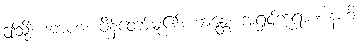
ဤသို့။ အာဟ၊ မိန့်တော်မူ၏။ ဘန္တေ၊ အရှင်ဘုရား။ နဟိ၊